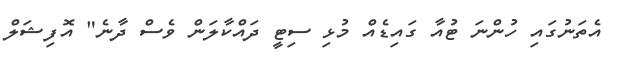
އެތަނުގައި ހުންނަ ޓުއާ ގައިޑެއް މުޅި ސިޓީ ދައްކާލަން ވެސް ދާނެ" އޮފިޝަލް